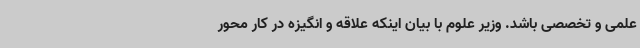
علمی و تخصصی باشد. وزیر علوم با بیان اینکه علاقه و انگیزه در کار محور